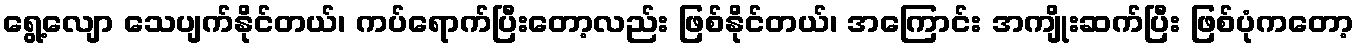
ရွေ့လျော သေပျက်နိုင်တယ်၊ ကပ်ရောက်ပြီးတော့လည်း ဖြစ်နိုင်တယ်၊ အကြောင်း အကျိုးဆက်ပြီး ဖြစ်ပုံကတော့